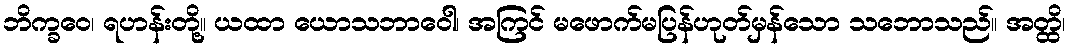
ဘိက္ခဝေ၊ ရဟန်းတို့။ ယထာ ယောသဘာဝေါ၊ အကြင် မဖောက်မပြန်ဟုတ်မှန်သော သဘောသည်။ အတ္ထိ၊